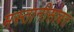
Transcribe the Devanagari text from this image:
मस्तानीसोबत